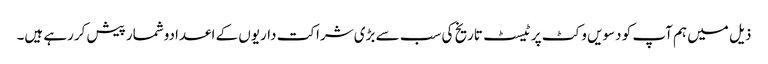
ذیل میں ہم آپ کو دسویں وکٹ پر ٹیسٹ تاریخ کی سب سے بڑی شراکت داریوں کے اعدادوشمار پیش کررہے ہیں۔